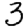
Digit: 3